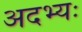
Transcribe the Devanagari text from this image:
अदभ्यः